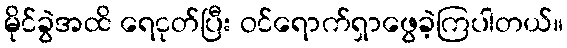
မိုင်ခွဲအထိ ရေငုတ်ပြီး ဝင်ရောက်ရှာဖွေခဲ့ကြပါတယ်။